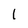
Character: l